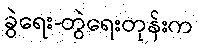
ခွဲရေး-တွဲရေးတုန်းက